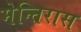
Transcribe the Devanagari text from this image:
मेन्तिरास